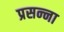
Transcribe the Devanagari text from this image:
प्रसन्‍ना